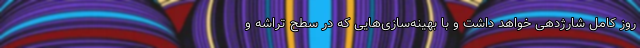
روز کامل شارژدهی خواهد داشت و با بهینه‌سازی‌هایی که در سطح تراشه و